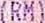
(RM)